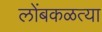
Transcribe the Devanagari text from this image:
लोंबकळत्या